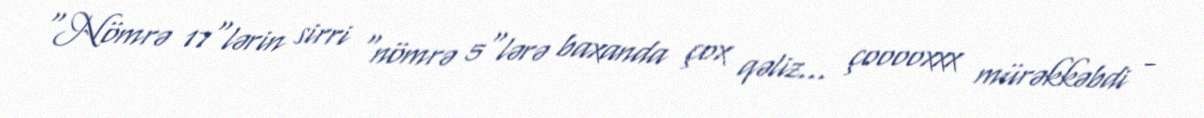
“Nömrə 17"lərin sirri "nömrə 5"lərə baxanda çox qəliz... çooooxxx mürəkkəbdi -